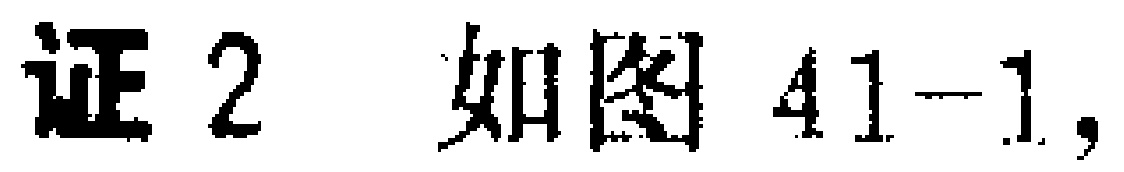
证2 如图41-1,